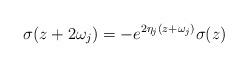
LaTeX: \begin{align*}\sigma(z+2\omega_j)=-e^{2\eta_j(z+\omega_j)}\sigma(z)\end{align*}